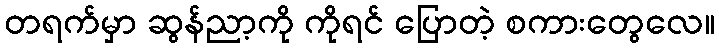
တရက်မှာ ဆွန်ညာ့ကို ကိုရင် ပြောတဲ့ စကားတွေလေ။